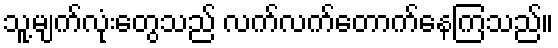
သူ့မျက်လုံးတွေသည် လက်လက်တောက်နေကြသည်။